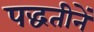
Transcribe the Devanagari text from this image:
पद्धतीनें